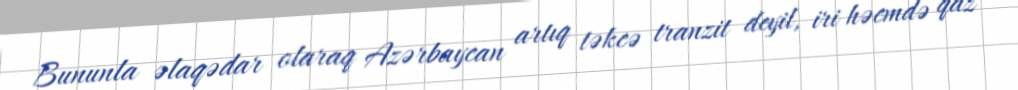
Bununla əlaqədar olaraq Azərbaycan artıq təkcə tranzit deyil, iri həcmdə qaz